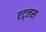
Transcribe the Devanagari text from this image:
एट्लस